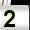
Digit: 2